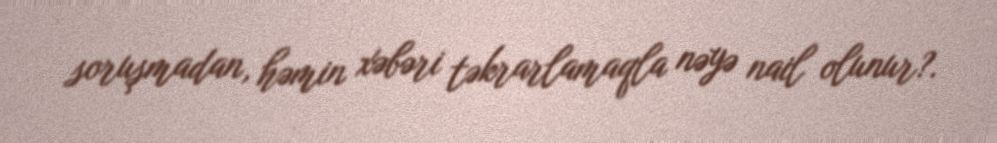
soruşmadan, həmin xəbəri təkrarlamaqla nəyə nail olunur?.